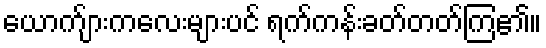
ယောက်ျားကလေးများပင် ရက်ကန်းခတ်တတ်ကြ၏။